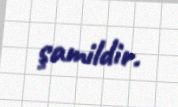
şamildir.